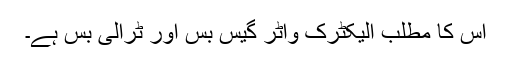
اس کا مطلب الیکٹرک واٹر گیس بس اور ٹرالی بس ہے۔